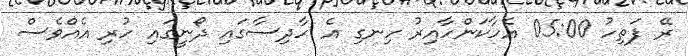
ރޭ ފަތިހު 05:00 އެހާކަންހާއިރު ހިނގި އެ ހާދިސާގައި ދޯނީގައި ހުރި އެއްވެސް